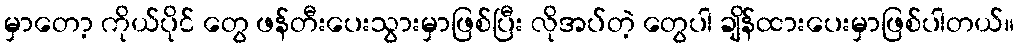
မှာတော့ ကိုယ်ပိုင် တွေ ဖန်တီးပေးသွားမှာဖြစ်ပြီး လိုအပ်တဲ့ တွေပါ ချိန်ထားပေးမှာဖြစ်ပါတယ်။